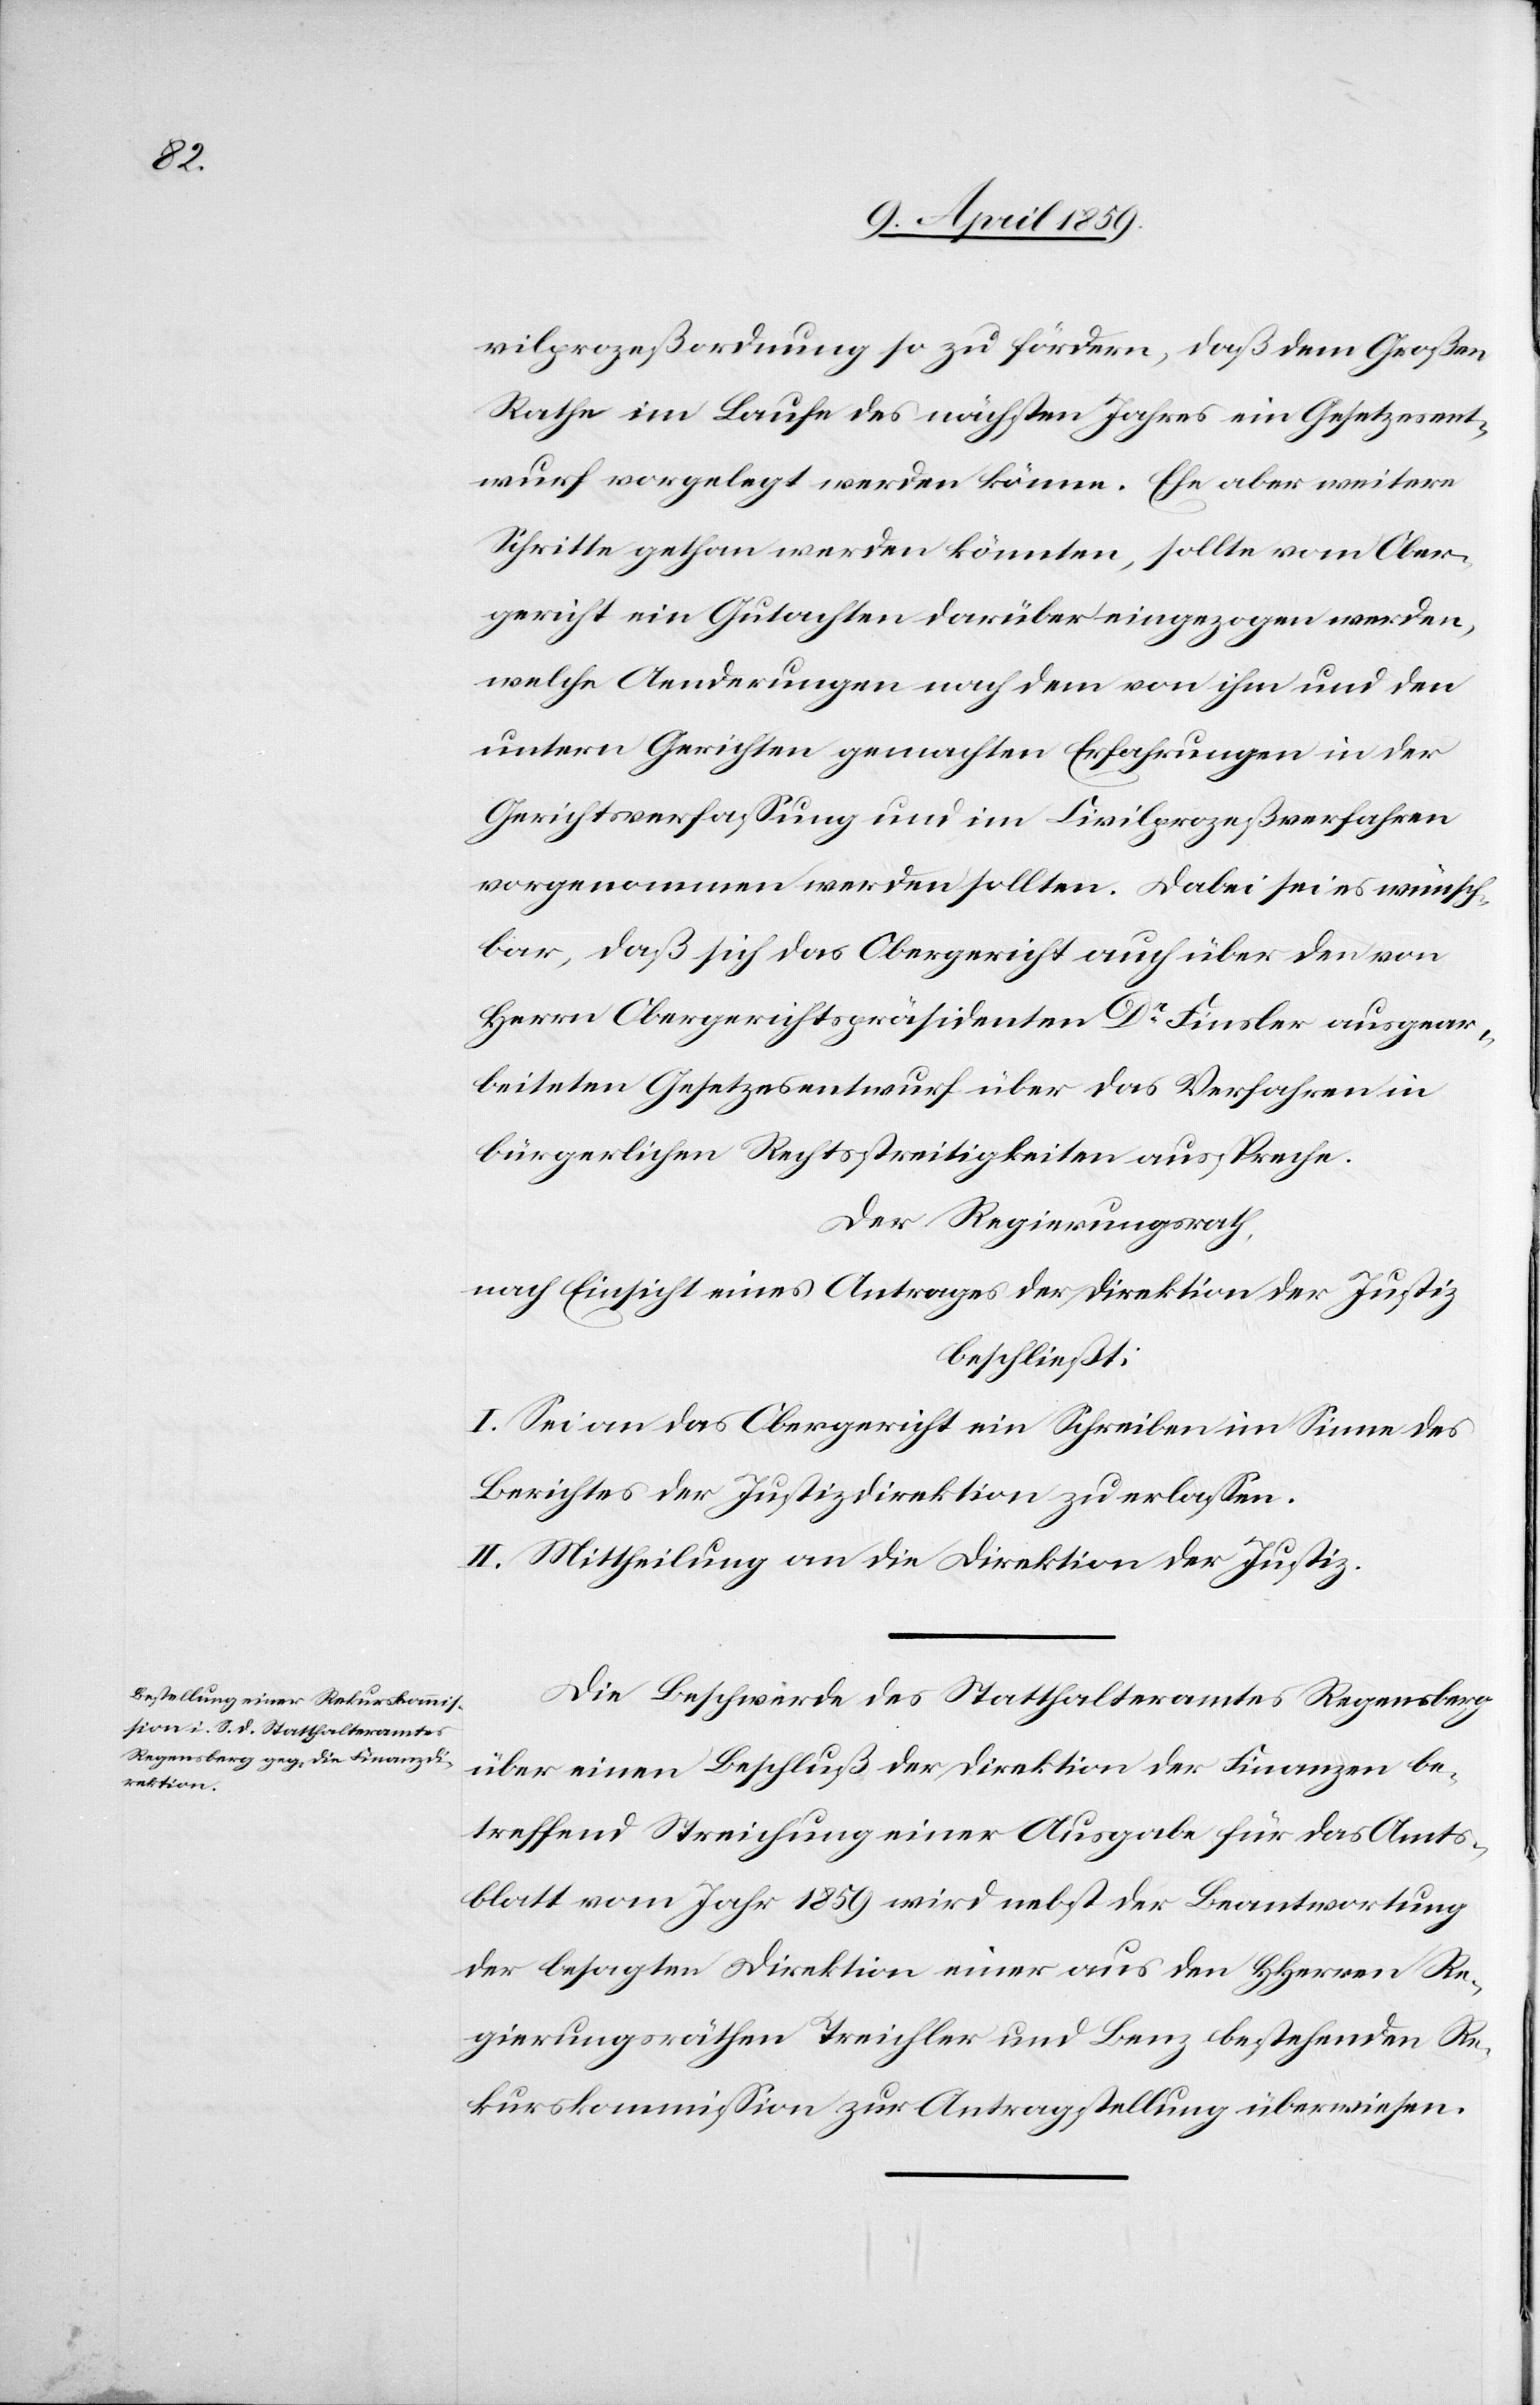
vilprozeßordnung so zu fördern, daß dem Großen
Rathe im Laufe des nächsten Jahres ein Gesetzesent¬
wurf vorgelegt werden könne. Ehe aber weitere
Schritte gethan werden könnten, sollte vom Ober¬
gericht ein Gutachten darüber eingezogen werden,
welche Aenderungen nach dem von ihm und den
untern Gerichten gemachten Erfahrungen in der
Gerichtserfaßung und im Civilprozeßverfahren
vorgenommen werden sollten. Dabei sei es wünsch¬
bar, daß sich das Obergericht auch über den von
Herrn Obergerichtspräsidenten Dr. Finsler ausgear¬
beiteten Gesetzesentwurf über das Verfahren in
bürgerlichen Rechtsstreitigkeiten ausspreche.
Der Regierungsrath,
nach Einsicht eines Antrages der Direktion der Justiz
beschließt:
I. Sei an das Obergericht ein Schreiben im Sinne des
Berichtes der Justizdirektion zu erlaßen.
II. Mittheilung an die Direktion der Justiz.
Die Beschwerde des Statthalteramtes Regensberg
über einen Beschluß der Direktion der Finanzen be¬
treffend Streichung einer Ausgabe für das Amts¬
blatt vom Jahr 1859 wird nebst der Beantwortung
der besagten Direktion einer aus den HHerren Re¬
gierungsräthen Treichler und Benz bestehenden Re¬
kurskommißion zur Antragstellung überwiesen.